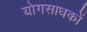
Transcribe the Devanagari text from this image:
योगसाधकों